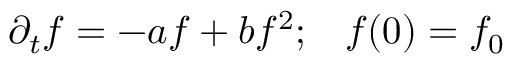
\partial _ { t } f = - a f + b f ^ { 2 } ; \; \; \; f ( 0 ) = f _ { 0 }